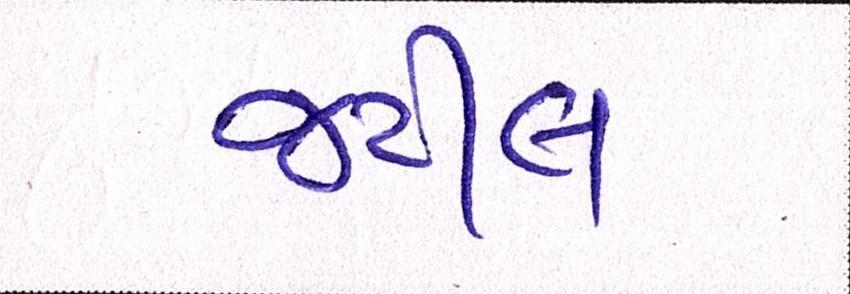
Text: જટીલ